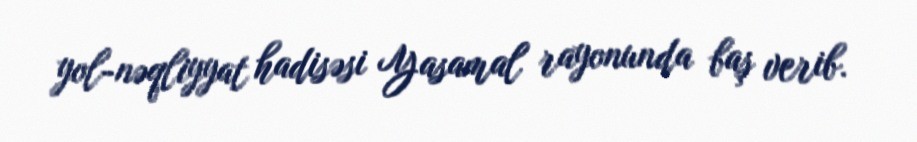
yol-nəqliyyat hadisəsi Yasamal rayonunda baş verib.